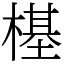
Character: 樭